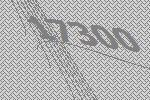
17300